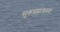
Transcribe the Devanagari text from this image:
सुकब्रह्माश्रमम